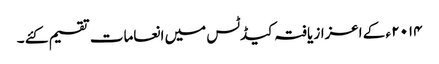
۲۰۱۴ ء کے اعزاز یافتہ کیڈٹس میں انعامات تقسیم کئے ۔